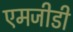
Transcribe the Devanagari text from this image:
एमजीडी